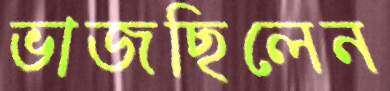
ভাজছিলেন